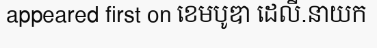
appeared first on ខេមបូឌា ដេលី.នាយក